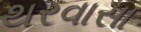
થરવાસા